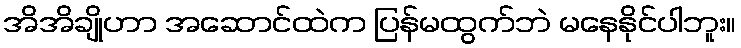
အိအိချိုဟာ အဆောင်ထဲက ပြန်မထွက်ဘဲ မနေနိုင်ပါဘူး။